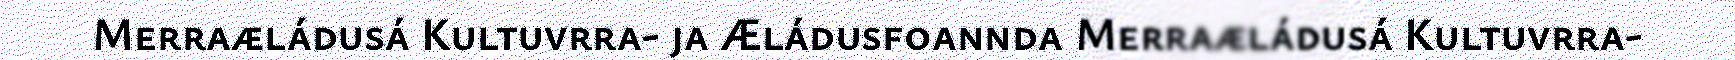
Merraæládusá Kultuvrra- ja Æládusfoannda Merraæládusá Kultuvrra-